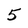
Character: 5